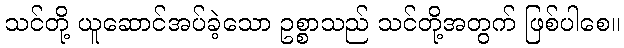
သင်တို့ ယူဆောင်အပ်ခဲ့သော ဥစ္စာသည် သင်တို့အတွက် ဖြစ်ပါစေ။